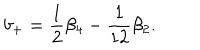
LaTeX: b _ { + } = \frac 1 2 \beta _ { 4 } - \frac 1 { 1 2 } \beta _ { 2 } .